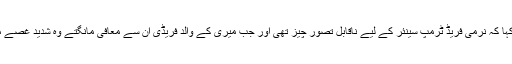
انہوں نے کہا کہ نرمی فریڈ ٹرمپ سینئر کے لیے ناقابل تصور چیز تھی اور جب میری کے والد فریڈی ان سے معافی مانگتے وہ شدید غصے میں آجاتے۔